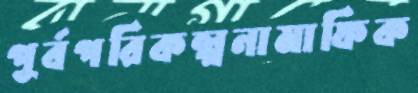
পূর্বপরিকল্পনামাফিক